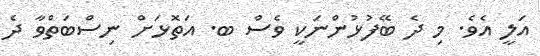
އަލީ އެވެ. މި ދެ ބޭފުޅުންނަކީ ވެސް ބ. އަތޮޅަށް ނިސްބަތްވާ ދެ